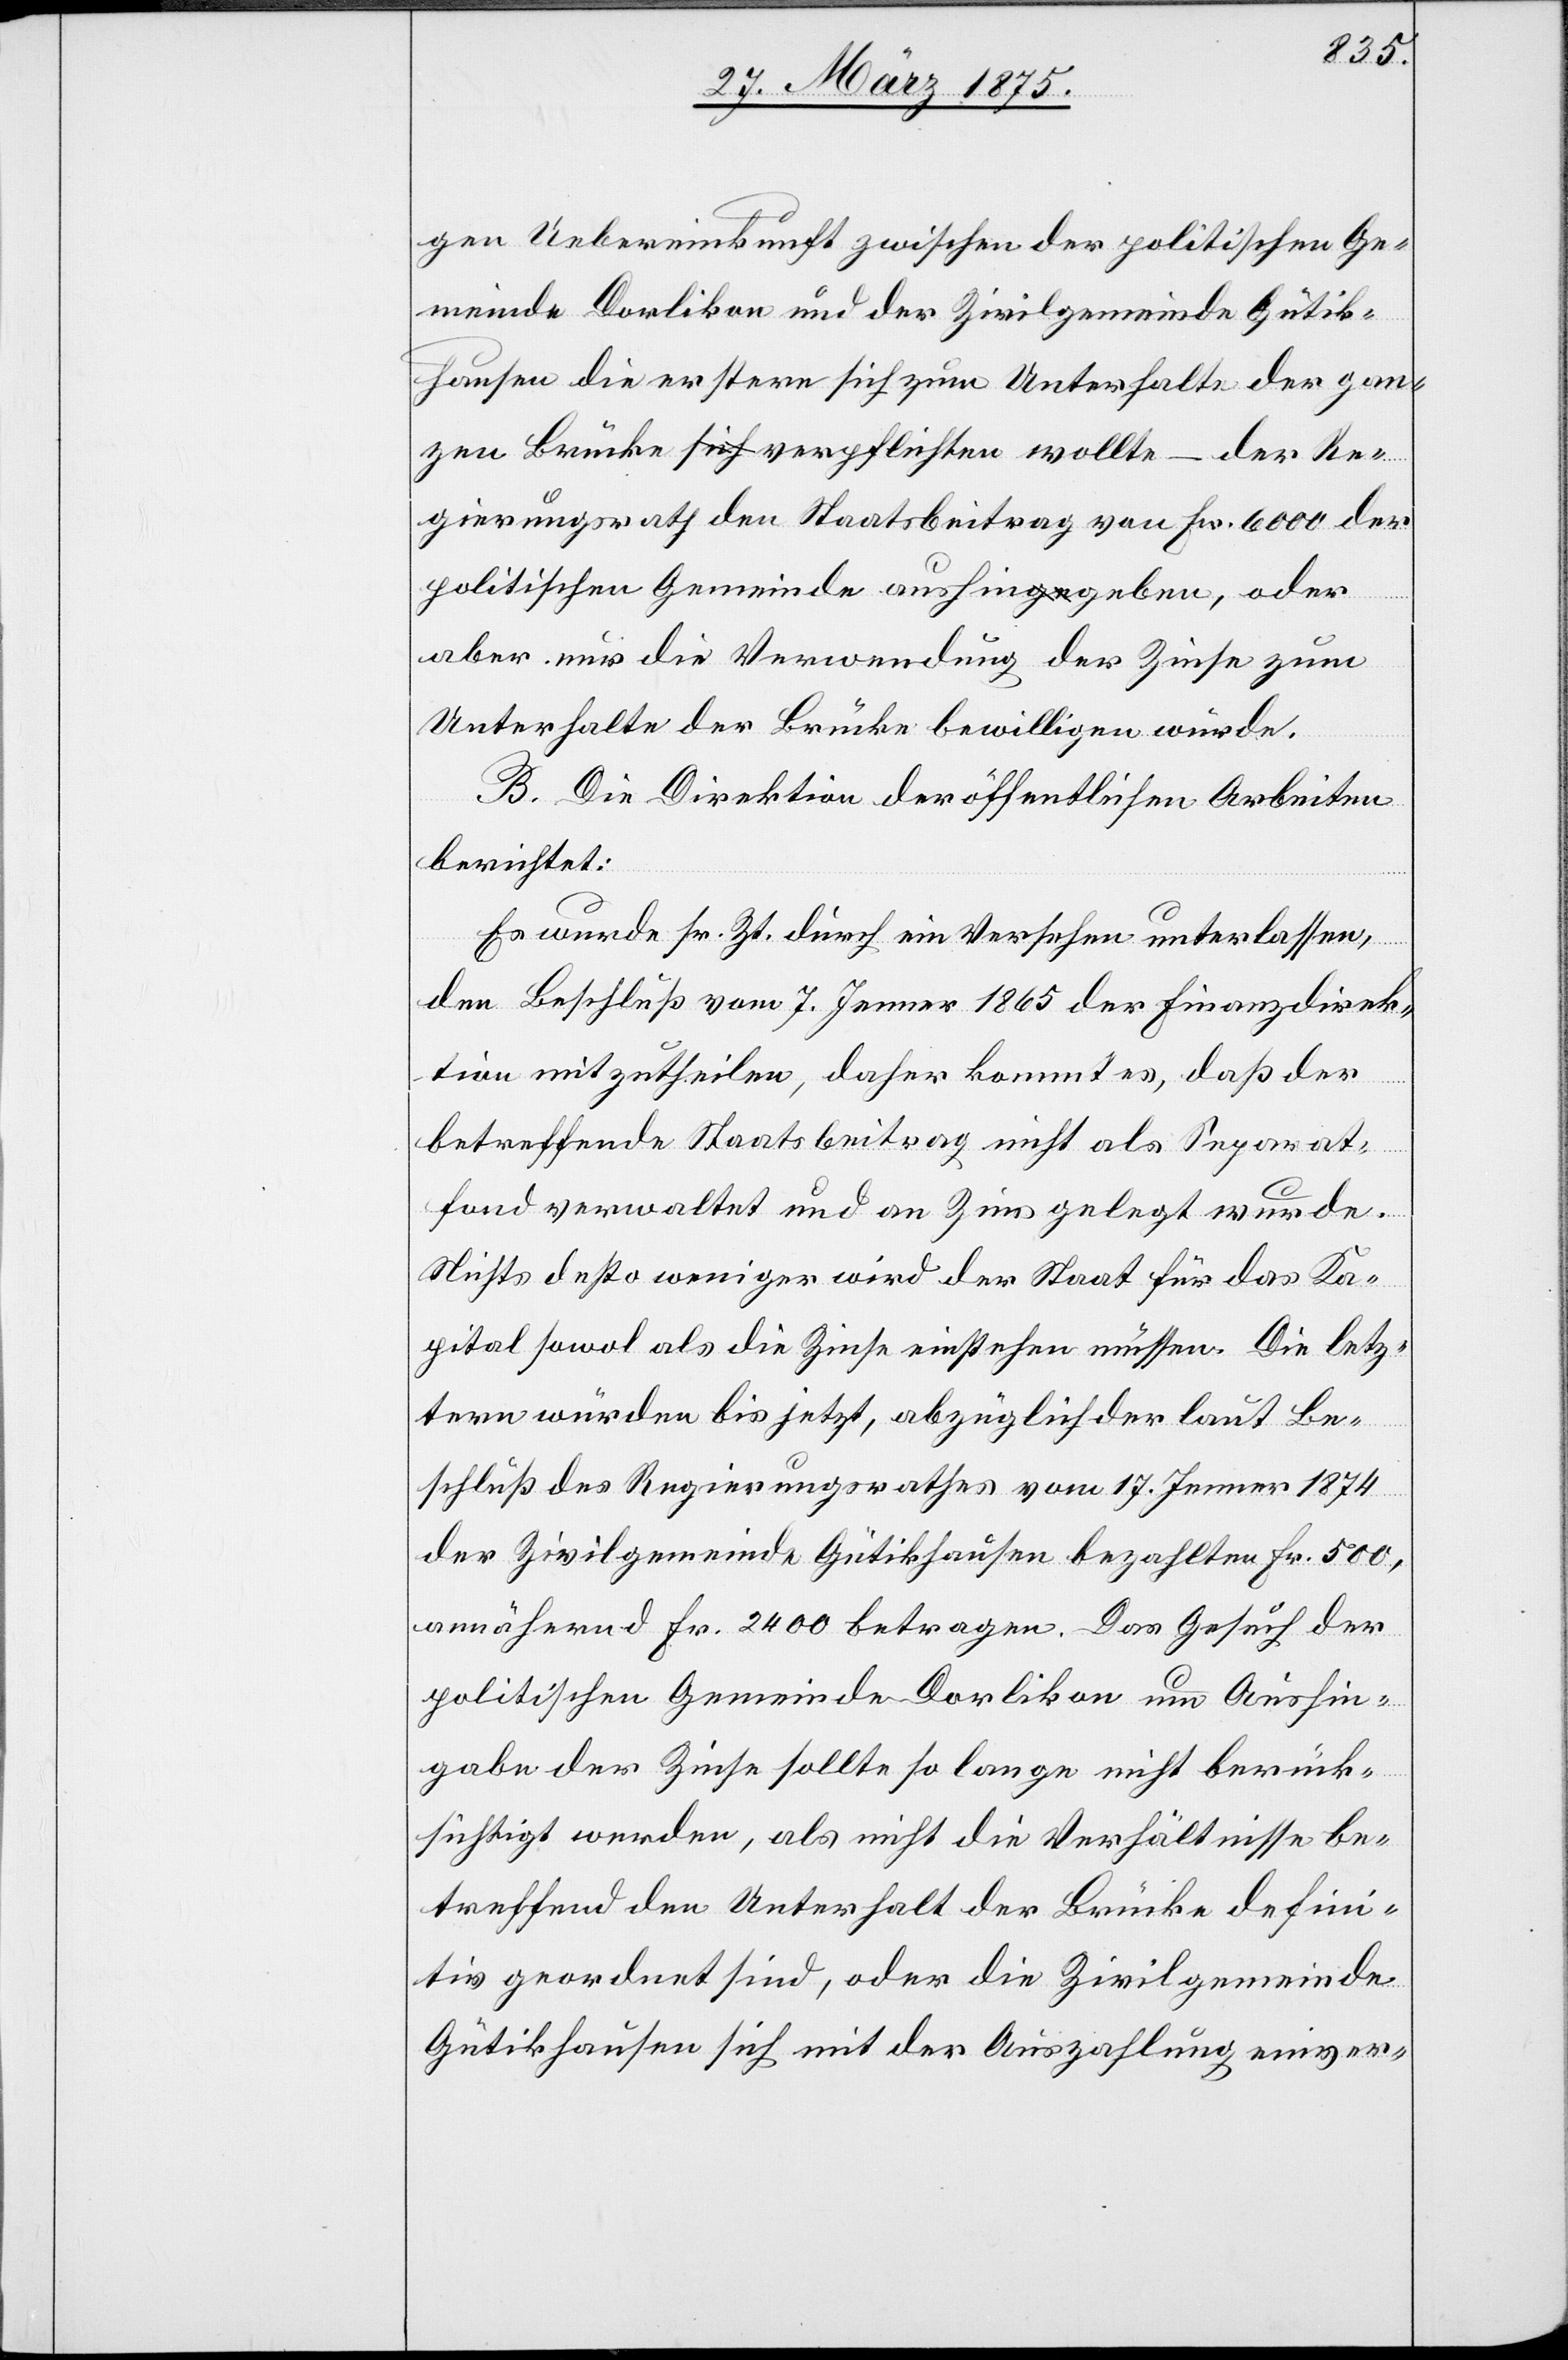
gen Uebereinkunft zwischen der politischen Ge¬
meinde Dorlikon und der Zivilgemeinde Gütik¬
hausen die erstern sich zum Unterhalte der gan¬
zen Brücke sich verpflichten wollte – der Re¬
gierungsrath den Staatsbeitrag von Fr. 6000 der
politischen Gemeinde aushingeben, oder
aber nur die Verwendung der Zinse zum
Unterhalte der Brücke bewilligen würde.
B. Die Direktion der öffentlichen Arbeiten
berichtet:
Es wurde sr. Zt. durch ein Versehen unterlassen,
den Beschluß vom 7. Jenner 1865 der Finanzdirek¬
tion mitzutheilen, daher kommt es, daß der
betreffende Staatsbeitrag nicht als Separat¬
fond verwaltet und an Zins gelegt wurde.
Nichts desto weniger wird der Staat für das Ka¬
pital sowol als die Zinse einstehen müssen. Die letz¬
tern würden bis jetzt, abzüglich der laut Be¬
schluß des Regierungsrathes vom 17. Jenner 1874
der Zivilgemeinde Gütikhausen bezahlten Fr. 500,
annähernd Fr. 2400 betragen. Das Gesuch der
politischen Gemeinde Dorlikon um Aushin¬
gabe der Zinse sollte so lange nicht berück¬
sichtigt werden, als nicht die Verhältnisse be¬
treffend den Unterhalt der Brücke defini¬
tiv geordnet sind, oder die Zivilgemeinde
Gütikhausen sich mit der Auszahlung einver-